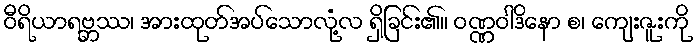
ဝီရိယာရဗ္ဘဿ၊ အားထုတ်အပ်သောလုံ့လ ရှိခြင်း၏။ ဝဏ္ဏဝါဒိနော စ၊ ကျေးဇူးကို